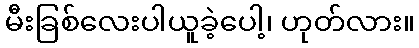
မီးခြစ်လေးပါယူခဲ့ပေါ့၊ ဟုတ်လား။